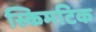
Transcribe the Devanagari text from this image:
स्किमटिक